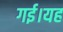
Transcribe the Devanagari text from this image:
गई।यह